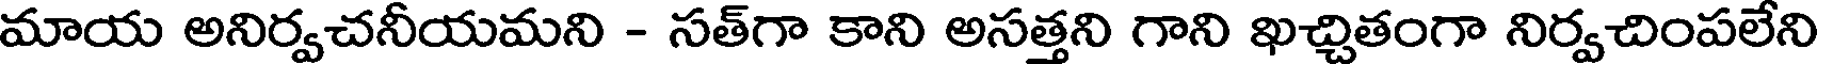
మాయ అనిర్వచనీయమని - సత్గా కాని అసత్తని గాని ఖచ్చితంగా నిర్వచింపలేని